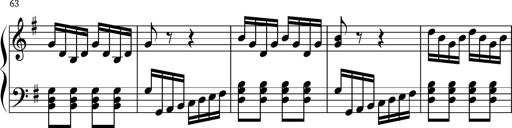
Title: Keyboard Sonatina in G
Composer: Michael Pogudin
Key: G major